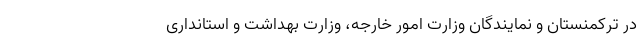
در ترکمنستان و نمایندگان وزارت امور خارجه، وزارت بهداشت و استانداری